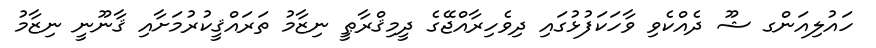
ހައުލިއަންގ ޝޫ ދެއްކެވި ވާހަކަފުޅުގައި ދިވެހިރާއްޖޭގެ ދީމިޤްރާޠީ ނިޒާމު ތަރައްޤީކުރުމަށާއި ޤާނޫނީ ނިޒާމު